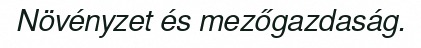
Növényzet és mezőgazdaság.